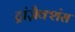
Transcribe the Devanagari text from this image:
ट्रांज़ैक्शंस